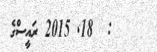
:  18